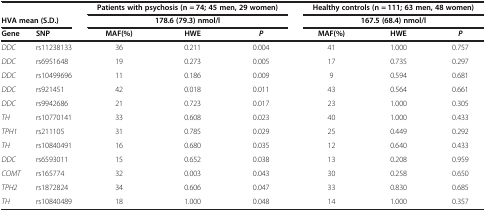
<table><thead><tr><td colspan="2"><b> </b></td><td colspan="3"><b>Patients with psychosis (n = 74; 45 men, 29 women)</b></td><td colspan="3"><b>Healthy controls (n = 111; 63 men, 48 women)</b></td></tr><tr><td colspan="2"><b>HVA mean (S.D.)</b></td><td colspan="3"><b>178.6 (79.3) nmol/l</b></td><td colspan="3"><b>167.5 (68.4) nmol/l</b></td></tr><tr><td><b>Gene</b></td><td><b>SNP</b></td><td><b>MAF(%)</b></td><td><b>HWE</b></td><td><b><i>P</i></b></td><td><b>MAF(%)</b></td><td><b>HWE</b></td><td><b><i>P</i></b></td></tr></thead><tbody><tr><td><i>DDC</i></td><td>rs11238133</td><td>36</td><td>0.211</td><td>0.004</td><td>41</td><td>1.000</td><td>0.757</td></tr><tr><td><i>DDC</i></td><td>rs6951648</td><td>19</td><td>0.273</td><td>0.005</td><td>17</td><td>0.735</td><td>0.297</td></tr><tr><td><i>DDC</i></td><td>rs10499696</td><td>11</td><td>0.186</td><td>0.009</td><td>9</td><td>0.594</td><td>0.681</td></tr><tr><td><i>DDC</i></td><td>rs921451</td><td>42</td><td>0.018</td><td>0.011</td><td>43</td><td>0.564</td><td>0.661</td></tr><tr><td><i>DDC</i></td><td>rs9942686</td><td>21</td><td>0.723</td><td>0.017</td><td>23</td><td>1.000</td><td>0.305</td></tr><tr><td><i>TH</i></td><td>rs10770141</td><td>33</td><td>0.608</td><td>0.023</td><td>40</td><td>1.000</td><td>0.433</td></tr><tr><td><i>TPH1</i></td><td>rs211105</td><td>31</td><td>0.785</td><td>0.029</td><td>25</td><td>0.449</td><td>0.292</td></tr><tr><td><i>TH</i></td><td>rs10840491</td><td>16</td><td>0.680</td><td>0.035</td><td>12</td><td>0.640</td><td>0.433</td></tr><tr><td><i>DDC</i></td><td>rs6593011</td><td>15</td><td>0.652</td><td>0.038</td><td>13</td><td>0.208</td><td>0.959</td></tr><tr><td><i>COMT</i></td><td>rs165774</td><td>32</td><td>0.003</td><td>0.043</td><td>30</td><td>0.258</td><td>0.650</td></tr><tr><td><i>TPH2</i></td><td>rs1872824</td><td>34</td><td>0.606</td><td>0.047</td><td>33</td><td>0.830</td><td>0.685</td></tr><tr><td><i>TH</i></td><td>rs10840489</td><td>18</td><td>1.000</td><td>0.048</td><td>14</td><td>1.000</td><td>0.357</td></tr></tbody></table>